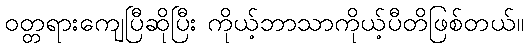
ဝတ္တရားကျေပြီဆိုပြီး ကိုယ့်ဘာသာကိုယ့်ပီတိဖြစ်တယ်။